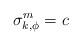
LaTeX: \begin{align*} \sigma_{k,\phi}^m = c\end{align*}